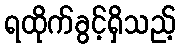
ရထိုက်ခွင့်ရှိသည့်